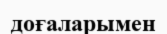
доғаларымен